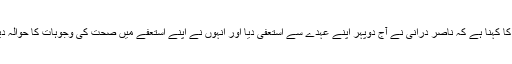
ذرائع کا کہنا ہے کہ ناصر درانی نے آج دوپہر اپنے عہدے سے استعفیٰ دیا اور انہوں نے اپنے استعفے میں صحت کی وجوہات کا حوالہ دیا ہے۔